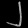
Digit: ၂